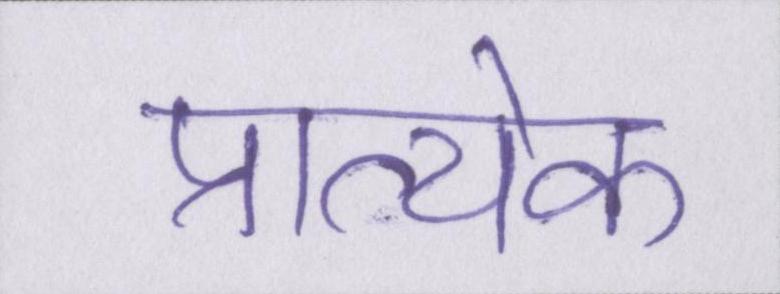
प्रात्येक